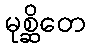
မုစ္ဆိတေ